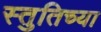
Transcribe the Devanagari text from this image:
स्तुतिच्या